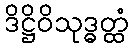
ဒိဋ္ဌိဝိသုဒ္ဓတ္ထံ